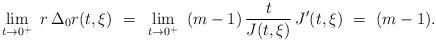
LaTeX: \begin{align*} \lim_{t\to 0^+} ~r\,\Delta_0 r(t,\xi)~=~\lim_{t\to 0^+} ~(m-1)\,\frac{t}{J(t,\xi)}\, J'(t,\xi)~=~(m-1).\end{align*}